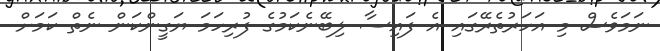
ނަމަވެސް މި އަހަރުތެރޭގައި އެ ފައިސާ ލިބޭނެކަމުގެ ފުރިހަމަ ޔަގީންކަން ނެތް ކަމަށް